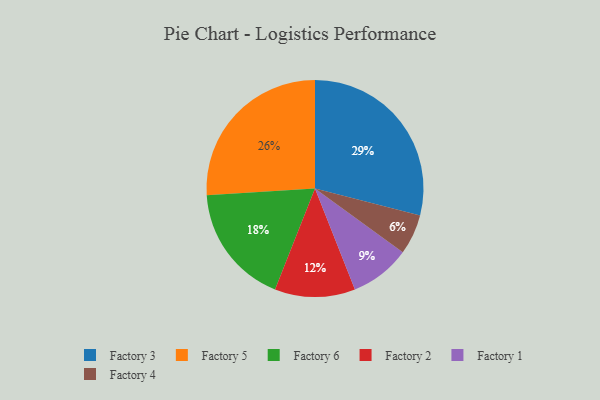
{"axis": {"x": "Category", "y": "Percentage"}, "legend": ["Factory 1", "Factory 2", "Factory 3", "Factory 4", "Factory 5", "Factory 6"], "data": [{"x": "Factory 2", "y": 12, "type": "Factory 2"}, {"x": "Factory 5", "y": 26, "type": "Factory 5"}, {"x": "Factory 1", "y": 9, "type": "Factory 1"}, {"x": "Factory 4", "y": 6, "type": "Factory 4"}, {"x": "Factory 6", "y": 18, "type": "Factory 6"}, {"x": "Factory 3", "y": 29, "type": "Factory 3"}]}